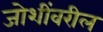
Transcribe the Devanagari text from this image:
जोशींवरील